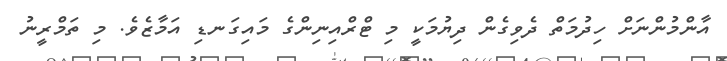
އާންމުންނަށް ހިދުމަތް ދެވިގެން ދިޔުމަކީ މި ޓްރްއިނިންގެ މައިގަނޑި އަމާޒެވެ. މި ތަމްރީނު